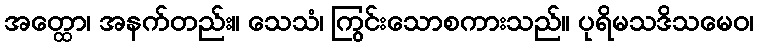
အတ္ထော၊ အနက်တည်း။ သေသံ၊ ကြွင်းသောစကားသည်။ ပုရိမသဒိသမေဝ၊